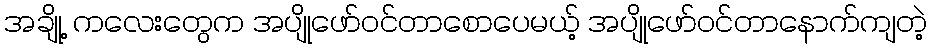
အချို့ ကလေးတွေက အပျိုဖော်ဝင်တာစောပေမယ့် အပျိုဖော်ဝင်တာနောက်ကျတဲ့